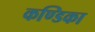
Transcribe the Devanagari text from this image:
कण्‍डिका